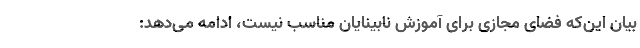
بیان این‌که فضای مجازی برای آموزش نابینایان مناسب نیست، ادامه می‌دهد: